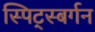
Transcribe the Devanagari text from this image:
स्पिट्स्बर्गन